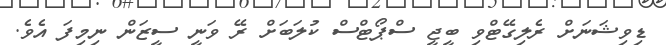
ޑިވިޝަނަށް ރެލިގޭޓްވި ބީޖީ ސްޕޯޓްސް ކުލަބަށް ރޭ ވަނީ ސީޒަން ނިމިފަ އެވެ.